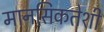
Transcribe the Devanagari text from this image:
मानसिकतेशी